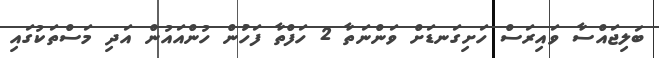
ބަލިޖައްސާ ވައިރަސް ހަށިގަނޑަށް ވަންނަތާ 2 ހަފްތާ ފަހުން ހުންއައުން އަދި މަސްތަކުގައި